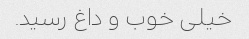
خیلی خوب و داغ رسید.